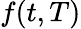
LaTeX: \textstyle f(t,T)